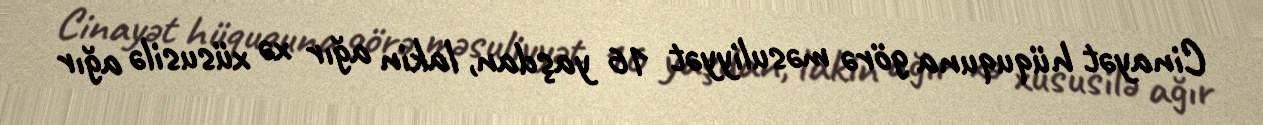
Cinayət hüququna görə məsuliyyət 16 yaşdan, lakin ağır xə xüsusilə ağır